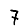
Digit: 7